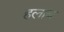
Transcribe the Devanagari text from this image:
हलाब